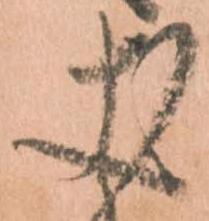
丈